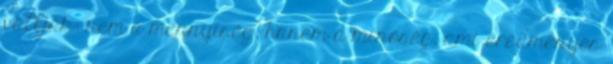
vallják: nem a mennyiség, hanem a minőség, ami eredményes